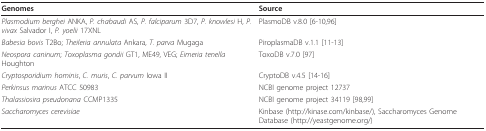
<table><thead><tr><td><b>Genomes</b></td><td><b>Source</b></td></tr></thead><tbody><tr><td><i>Plasmodium berghei </i>ANKA, <i>P. chabaudi </i>AS, <i>P. falciparum </i>3D7, <i>P. knowlesi </i>H, <i>P. vivax </i>Salvador I, <i>P. yoelii </i>17XNL</td><td>PlasmoDB v.8.0 [6-10,96]</td></tr><tr><td><i>Babesia bovis </i>T2Bo; <i>Theileria annulata </i>Ankara, <i>T. parva </i>Mugaga</td><td>PiroplasmaDB v.1.1 [11-13]</td></tr><tr><td><i>Neospora caninum</i>; <i>Toxoplasma gondii </i>GT1, ME49, VEG; <i>Eimeria tenella </i>Houghton</td><td>ToxoDB v.7.0 [97]</td></tr><tr><td><i>Cryptosporidium hominis</i>, <i>C. muris</i>, <i>C. parvum </i>Iowa II</td><td>CryptoDB v.4.5 [14-16]</td></tr><tr><td><i>Perkinsus marinus </i>ATCC 50983</td><td>NCBI genome project 12737</td></tr><tr><td><i>Thalassiosira pseudonana </i>CCMP1335</td><td>NCBI genome project 34119 [98,99]</td></tr><tr><td><i>Saccharomyces cerevisiae</i></td><td>Kinbase (http://kinase.com/kinbase/), Saccharomyces Genome Database (http://yeastgenome.org/)</td></tr></tbody></table>